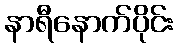
နာရီနောက်ပိုင်း